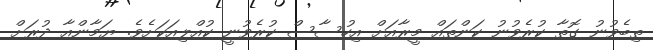
ތިބެވުނު ގޮތާ ކުރެވުނު ކަންތައް މީރާއަށް އިހުސާސް ކުރެވުނީ ކުއްލިއަކަށެވެ. ޔަމާންއާ ދުރަށް